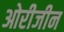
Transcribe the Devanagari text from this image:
ओरीजीन